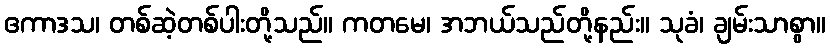
ဧကာဒသ၊ တစ်ဆဲ့တစ်ပါးတို့သည်။ ကတမေ၊ အဘယ်သည်တို့နည်း။ သုခံ၊ ချမ်းသာစွာ။